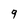
Character: 9